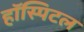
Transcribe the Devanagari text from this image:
हॉस्पिटल